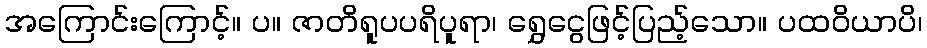
အကြောင်းကြောင့်။ ပ။ ဇာတိရူပပရိပူရာ၊ ရွှေငွေဖြင့်ပြည့်သော။ ပထဝိယာပိ၊